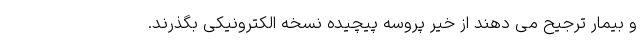
و بیمار ترجیح می دهند از خیر پروسه پیچیده نسخه الکترونیکی بگذرند.